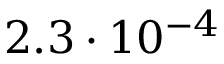
2 . 3 \cdot 1 0 ^ { - 4 }